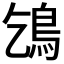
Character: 𩾥